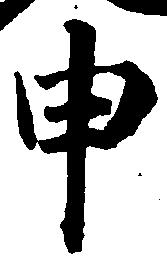
申